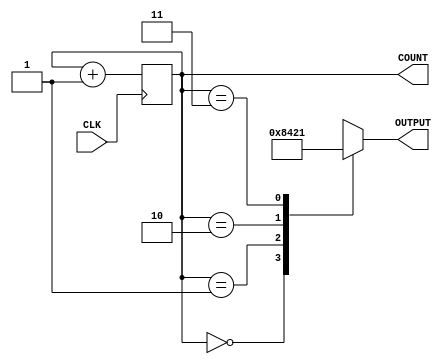
//-----------------------------------------------------------------------------
//University: OIT - CSET
//Class: CST 231
//Lab:Lab 1
//Project: Multiplexed Display
//
//Dependancies:
//-----------------------------------------------------------------------------
//DISCRIPTION:it counts. it encodes. what more do you want?
//-----------------------------------------------------------------------------

module PRIORITY_N_COUNTER
(
	input				CLK,
	output	reg	[1:0]	COUNT,
	output	reg	[3:0]	OUTPUT
);
always@(posedge CLK)
	COUNT = (COUNT + 1'b1);

always@(COUNT)
	case(COUNT)
		2'b00: OUTPUT = 4'b1000;
		2'b01: OUTPUT = 4'b0100;
		2'b10: OUTPUT = 4'b0010;
		2'b11: OUTPUT = 4'b0001;
	endcase

endmodule